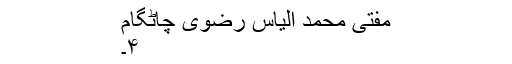
مفتی محمد الیاس رضوی چاٹگام
۴۔